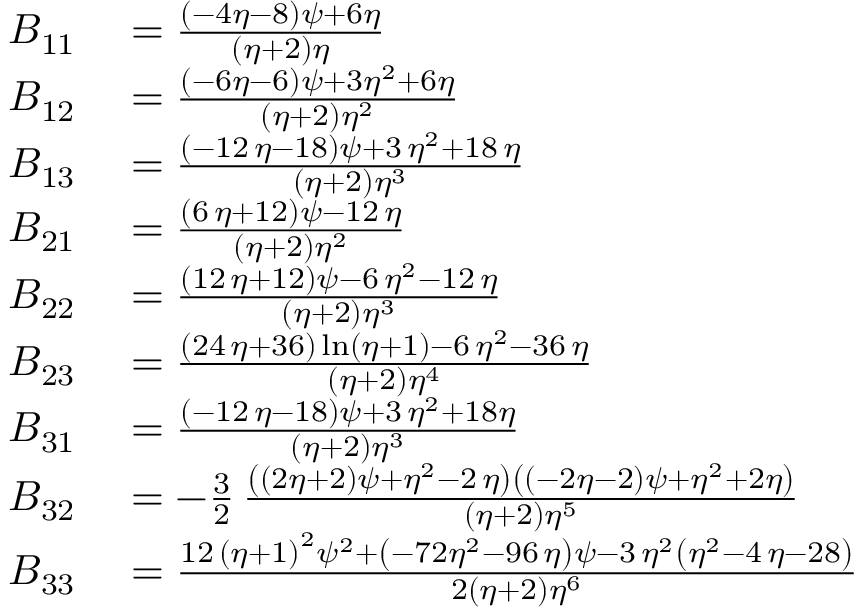
\begin{array} { r l } { B _ { 1 1 } } & { { } = { \frac { \left( - 4 \eta - 8 \right) \psi + 6 \eta } { \left( \eta + 2 \right) \eta } } } \\ { B _ { 1 2 } } & { { } = { \frac { \left( - 6 \eta - 6 \right) \psi + 3 \eta ^ { 2 } + 6 \eta } { \left( \eta + 2 \right) { \eta } ^ { 2 } } } } \\ { B _ { 1 3 } } & { { } = { \frac { \left( - 1 2 \, \eta - 1 8 \right) \psi + 3 \, { \eta } ^ { 2 } + 1 8 \, \eta } { \left( \eta + 2 \right) { \eta } ^ { 3 } } } } \\ { B _ { 2 1 } } & { { } = { \frac { \left( 6 \, \eta + 1 2 \right) \psi - 1 2 \, \eta } { \left( \eta + 2 \right) { \eta } ^ { 2 } } } } \\ { B _ { 2 2 } } & { { } = { \frac { \left( 1 2 \, \eta + 1 2 \right) \psi - 6 \, { \eta } ^ { 2 } - 1 2 \, \eta } { \left( \eta + 2 \right) { \eta } ^ { 3 } } } } \\ { B _ { 2 3 } } & { { } = { \frac { \left( 2 4 \, \eta + 3 6 \right) \ln \left( \eta + 1 \right) - 6 \, { \eta } ^ { 2 } - 3 6 \, \eta } { \left( \eta + 2 \right) { \eta } ^ { 4 } } } } \\ { B _ { 3 1 } } & { { } = { \frac { \left( - 1 2 \, \eta - 1 8 \right) \psi + 3 \, { \eta } ^ { 2 } + 1 8 \eta } { \left( \eta + 2 \right) { \eta } ^ { 3 } } } } \\ { B _ { 3 2 } } & { { } = - \frac 3 2 \, { \frac { \left( \left( 2 \eta + 2 \right) \psi + { \eta } ^ { 2 } - 2 \, \eta \right) \left( \left( - 2 \eta - 2 \right) \psi + { \eta } ^ { 2 } + 2 \eta \right) } { \left( \eta + 2 \right) { \eta } ^ { 5 } } } } \\ { B _ { 3 3 } } & { { } = { \frac { 1 2 \, \left( \eta + 1 \right) ^ { 2 } \psi ^ { 2 } + \left( - 7 2 { \eta } ^ { 2 } - 9 6 \, \eta \right) \psi - 3 \, { \eta } ^ { 2 } \left( { \eta } ^ { 2 } - 4 \, \eta - 2 8 \right) } { 2 \left( \eta + 2 \right) { \eta } ^ { 6 } } } } \end{array}